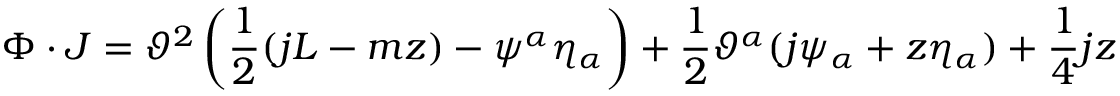
\Phi \cdot J = \vartheta ^ { 2 } \left( \frac { 1 } { 2 } ( j L - m z ) - \psi ^ { \alpha } \eta _ { \alpha } \right) + \frac { 1 } { 2 } \vartheta ^ { \alpha } ( j \psi _ { \alpha } + z \eta _ { \alpha } ) + \frac { 1 } { 4 } j z